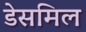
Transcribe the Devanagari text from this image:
डेसमिल